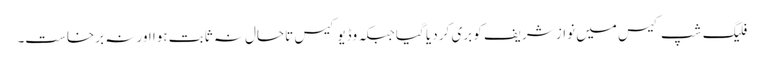
فلیگ شپ کیس میں نواز شریف کو بری کر دیا گیا جبکہ وڈیو کیس تاحال نہ ثابت ہوا اور نہ برخاست۔